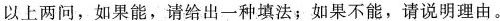
以上两问，如果能，请给出一种填法；如果不能，请说明理由。